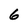
Character: 6